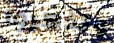
وتذكروا